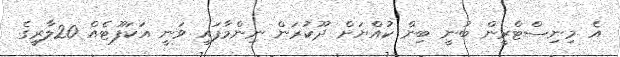
އެ މިނިސްޓްރީން ބުނީ ބިން ކުއްޔަށް ދޫކުރަން ނިންމާފައި ވަނީ އަކަފޫޓެއް 20ލާރީގެ